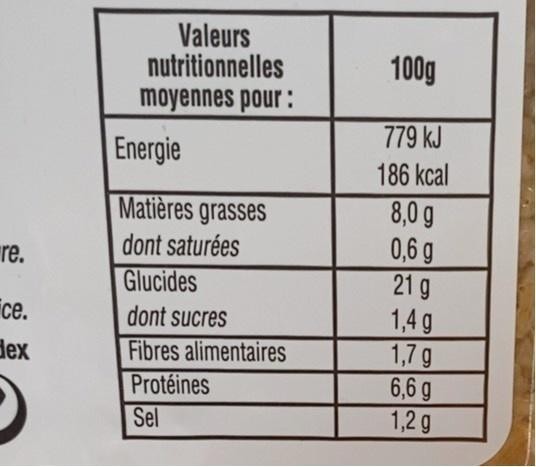
Valeurs nutritionnelles moyennes pour :
100g
779 kJ
Energie
186 kcal
Matières grasses
8,0 g 0,6 g 21 g 1,4 g 1,7 g 6,6 g 1,2 g
dont saturées
re.
Glucides
се.
dont sucres
Fibres alimentaires Protéines Sel
dex